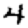
Digit: 4